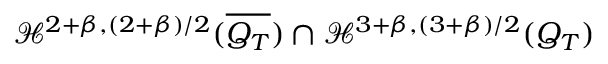
\mathcal { H } ^ { 2 + \beta , ( 2 + \beta ) / 2 } ( \overline { { Q _ { T } } } ) \cap \mathcal { H } ^ { 3 + \beta , ( 3 + \beta ) / 2 } ( Q _ { T } )